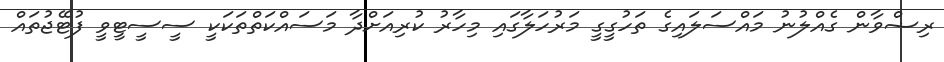
ރިޟްވާން ގެއްލުނު މައްސަލައިގެ ތަހުގީގީ މަރުހަލާގައި މިހާރު ކުރިއަށްދާ މަސައްކަތްތަކަކީ ސީސީޓީވީ ފުޓޭޖުތައް